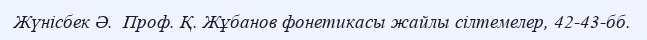
Жүнісбек Ә.  Проф. Қ. Жұбанов фонетикасы жайлы сілтемелер, 42-43-бб.